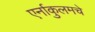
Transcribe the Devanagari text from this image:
एर्नाकुलमचे